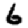
Digit: 6